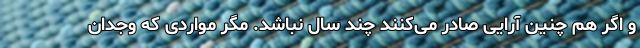
و اگر هم چنین آرایی صادر می‌کنند چند سال نباشد. مگر مواردی که وجدان